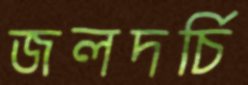
জলদর্চি